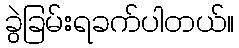
ခွဲခြမ်းရခက်ပါတယ်။